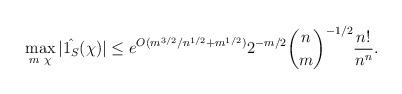
LaTeX: \begin{align*} \max_{m~\chi} |\hat{1_S}(\chi)| \leq e^{O(m^{3/2}/n^{1/2} + m^{1/2})} 2^{-m/2} \binom{n}{m}^{-1/2} \frac{n!}{n^n}.\end{align*}